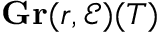
\mathbf { G r } ( r , { \mathcal { E } } ) ( T )